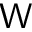
\mathsf W